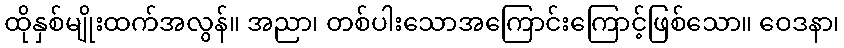
ထိုနှစ်မျိုးထက်အလွန်။ အညာ၊ တစ်ပါးသောအကြောင်းကြောင့်ဖြစ်သော။ ဝေဒနာ၊